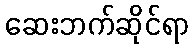
ဆေးဘက်ဆိုင်ရာ